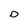
Character: D